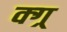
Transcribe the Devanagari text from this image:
क्ग्र्